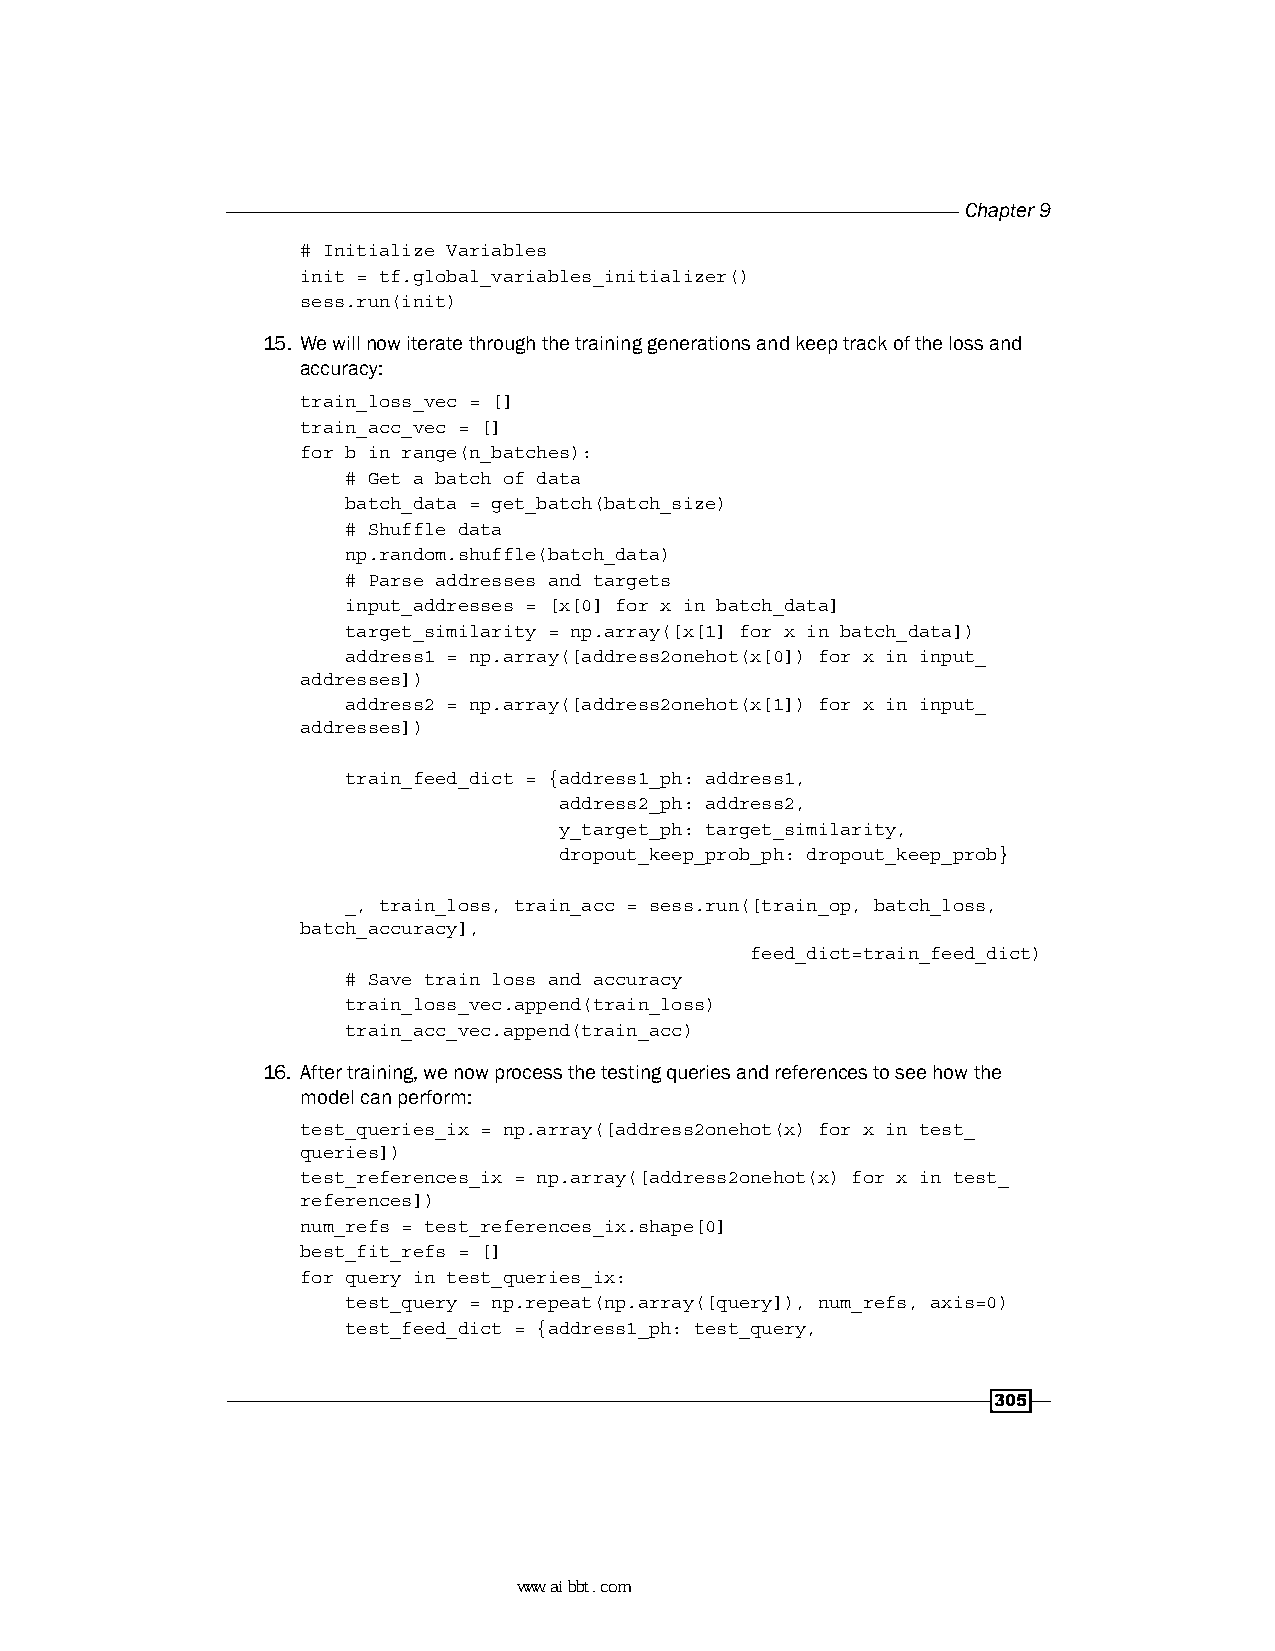
Chapter 9
 # Initialize Variables
 init = tf.global_variables_initializer()
 sess.run(init)
 15. We will now iterate through the training generations and keep track of the loss and
 accuracy:
 train_loss_vec = []
 train_acc_vec = []
 for b in range(n_batches):
 # Get a batch of data
 batch_data = get_batch(batch_size)
 # Shuffle data
 np.random.shuffle(batch_data)
 # Parse addresses and targets
 input_addresses = [x[0] for x in batch_data]
 target_similarity = np.array([x[1] for x in batch_data])
 address1 = np.array([address2onehot(x[0]) for x in input_
 addresses])
 address2 = np.array([address2onehot(x[1]) for x in input_
 addresses])
 train_feed_dict = {address1_ph: address1,
 address2_ph: address2,
 y_target_ph: target_similarity,
 dropout_keep_prob_ph: dropout_keep_prob}
 _, train_loss, train_acc = sess.run([train_op, batch_loss,
 batch_accuracy],
 feed_dict=train_feed_dict)
 # Save train loss and accuracy
 train_loss_vec.append(train_loss)
 train_acc_vec.append(train_acc)
 16. After training, we now process the testing queries and references to see how the
 model can perform:
 test_queries_ix = np.array([address2onehot(x) for x in test_
 queries])
 test_references_ix = np.array([address2onehot(x) for x in test_
 references])
 num_refs = test_references_ix.shape[0]
 best_fit_refs = []
 for query in test_queries_ix:
 test_query = np.repeat(np.array([query]), num_refs, axis=0)
 test_feed_dict = {address1_ph: test_query,
 305
 www.aibbt.com 让未来触手可及